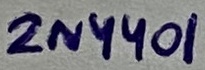
Text: 2N4401